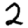
Digit: 2